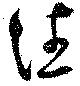
往